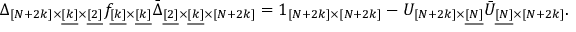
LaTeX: \Delta _ { [ N + 2 k ] \times \underline { { { [ k ] } } } \times \underline { { { [ 2 ] } } } } f _ { \underline { { { [ k ] } } } \times \underline { { { [ k ] } } } } \bar { \Delta } _ { \underline { { { [ 2 ] } } } \times \underline { { { [ k ] } } } \times [ N + 2 k ] } = 1 _ { [ N + 2 k ] \times [ N + 2 k ] } - U _ { [ N + 2 k ] \times \underline { { { [ N ] } } } } \bar { U } _ { \underline { { { [ N ] } } } \times [ N + 2 k ] } .